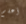
أعلم